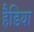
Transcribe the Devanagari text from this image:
हैडिया